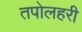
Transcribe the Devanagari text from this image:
तपोलहरी